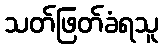
သတ်ဖြတ်ခံရသူ